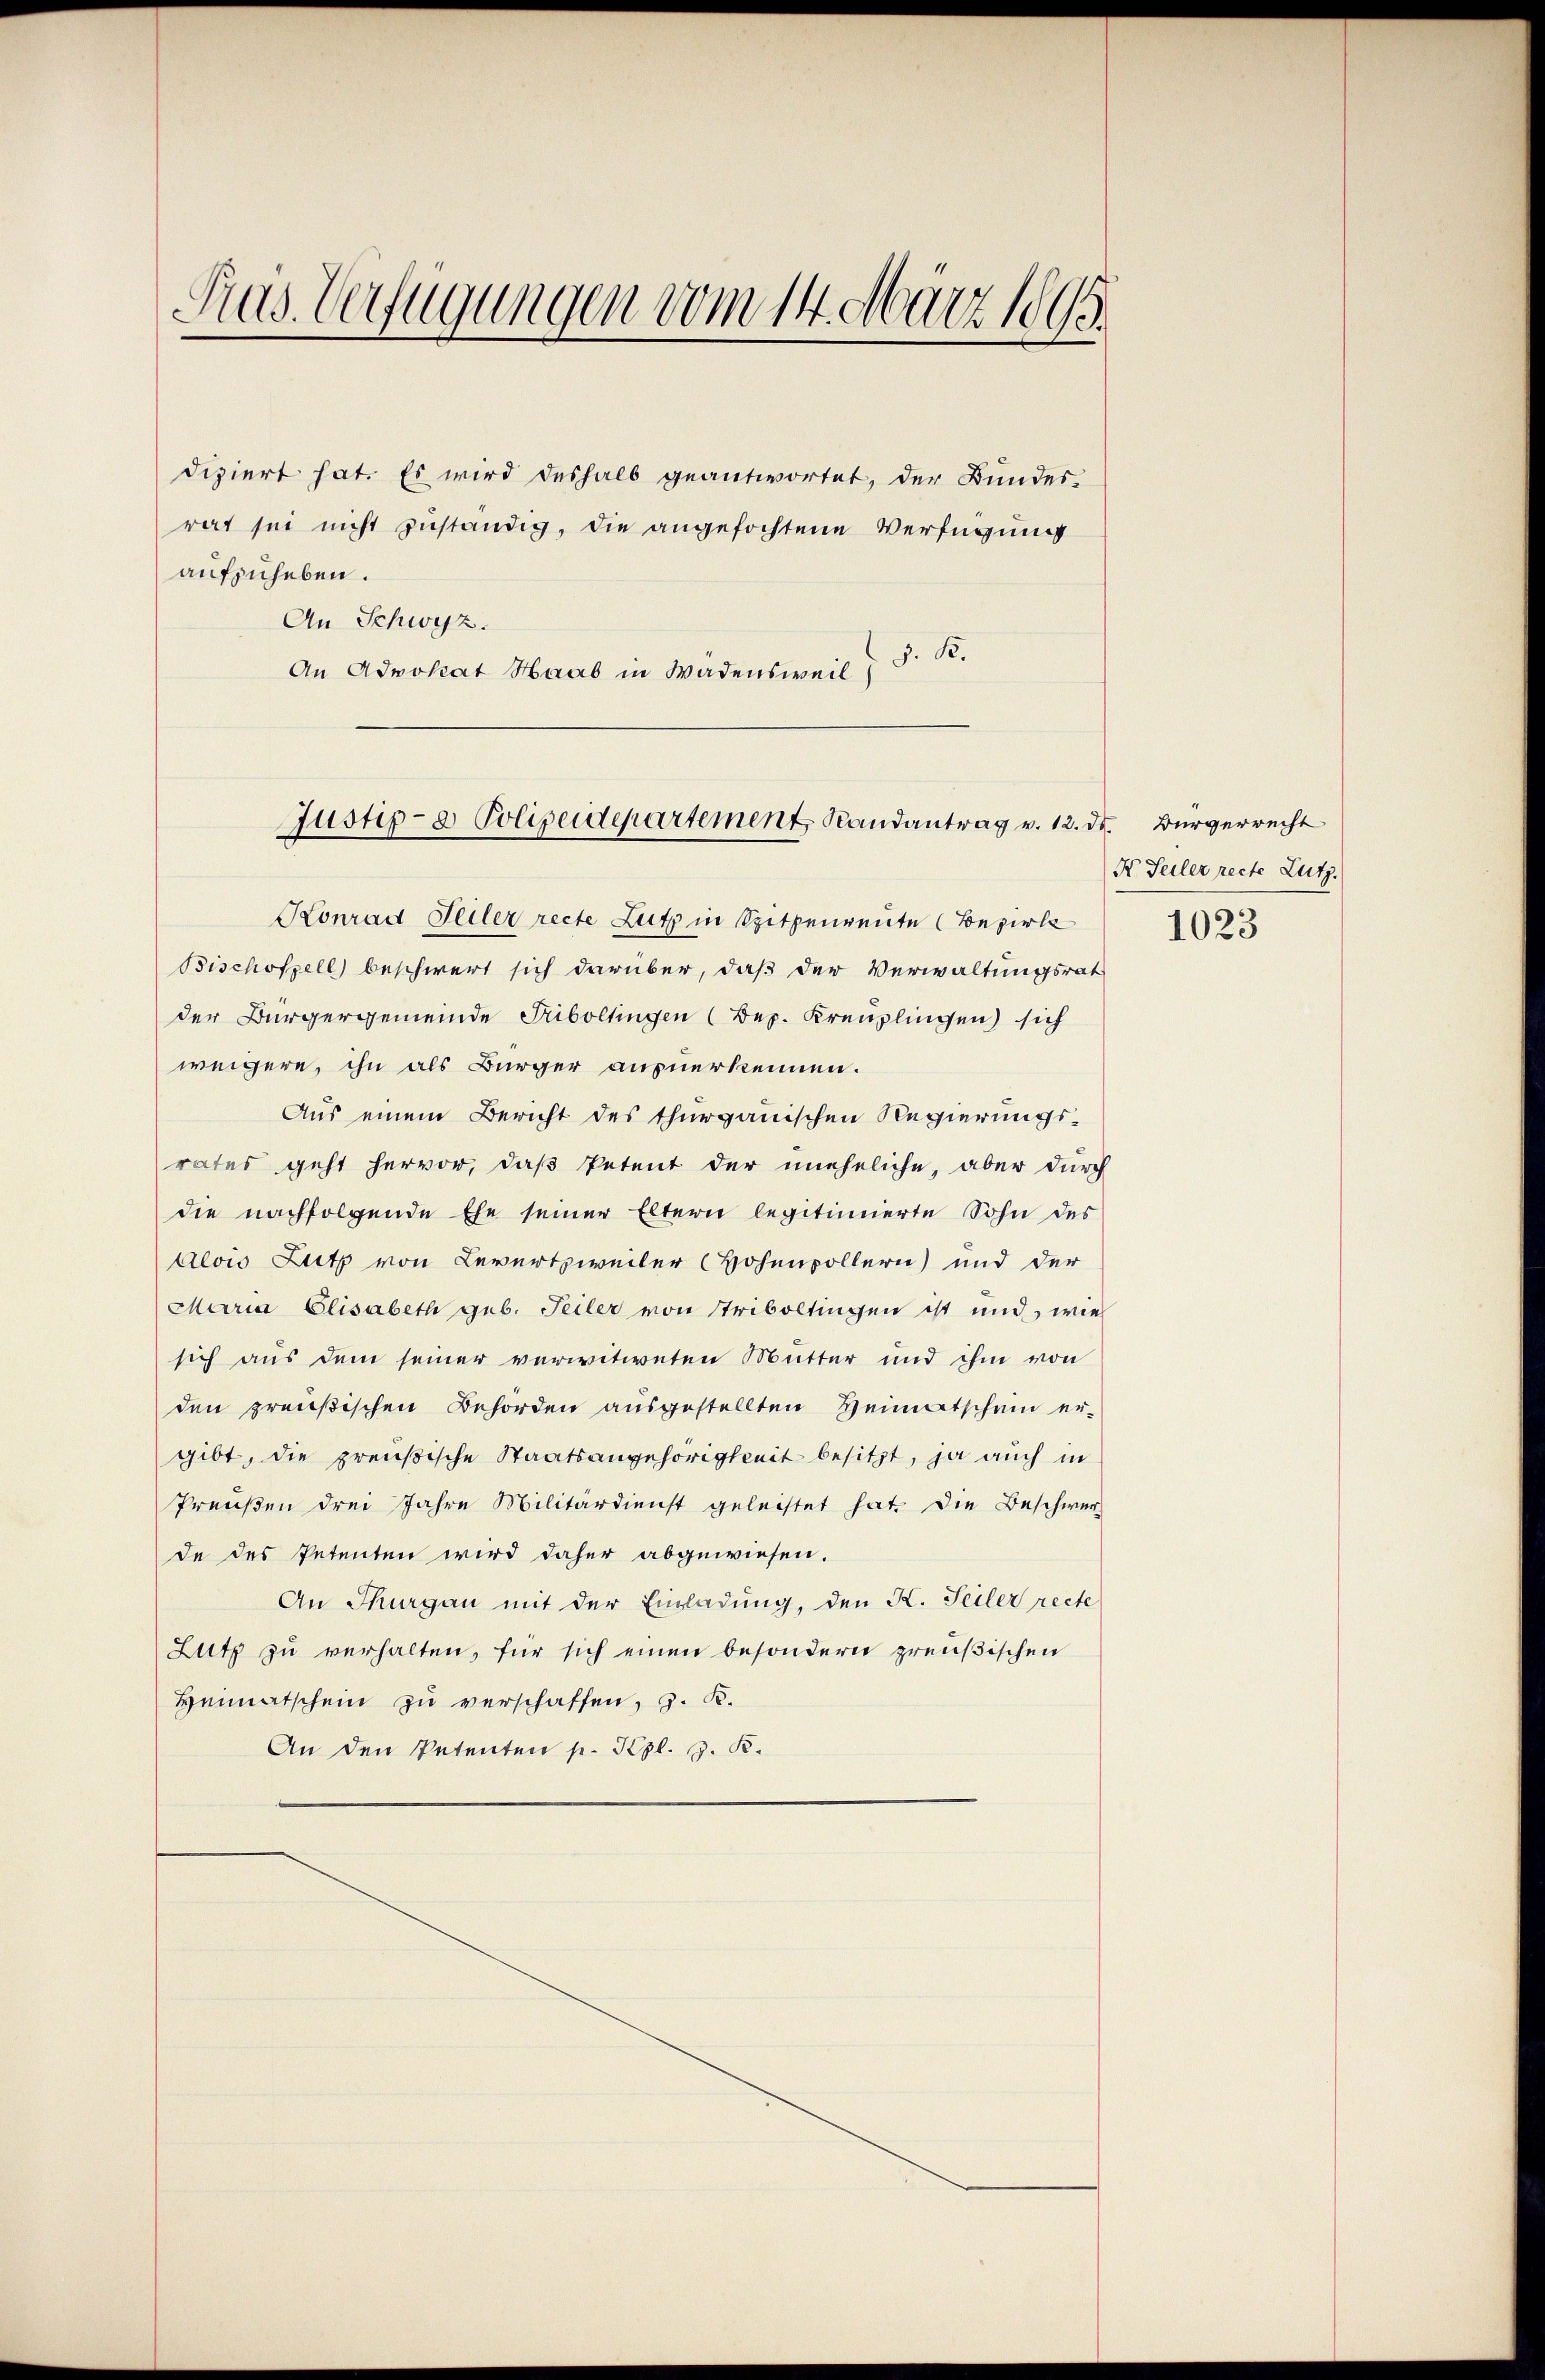
Rus. Verfügungen vom 14. März 1895.

diziert hat. Es wird deshalb geantwortet, der Bundes-
rat sei nicht zuständig, die angefochtene Verfügung
aufzuheben.
An Schwyz.
An Advokat Haab in Wädensweil d. K.

Justiz- & Polizeidepartement Randantrag v. 12. ds. Bürgerrecht

Konrad Teiler recte Lutz in Spitzenreute (Bezirk
Bischofzell beschwert sich darüber, daß der Verwaltungsrat
der Bürgergemeinde Triboltingen (Bez. Kreuzlingen) sich
weigere, ihn als Bürger ausnerkennen.
Aus einem Bericht des thurgauischen Regierungsrates geht hervor, daß Petent der uneheliche, aber durch
die nachfolgende Ehe seiner Eltern legitimierte Sohn des
Alois Lutz von Bewertzweiter (Hohenpöllern) und der
Maria Elisabeth geb. Teiler von Triboltingen ist und, wie
sich aus dem seiner verwitweten Mutter und ihm von
den preußischen Behörden ausgestellten Heimatschein er-
gibt, die preußische Staatsangehörigkeit besitzt, ja auch in
Preŭβen drei Jahre Militärdienst geleistet hat. Die Beschwer
de des Petenten wird daher abgewiesen.
An Thurgau mit der Einladung, den K. Teiler recte
Lutz zu verhalten, für sich einen besondern preußischen
Heimatschein zu verschaffen, z. B.
An den Petenten p. Kgl. J. K.

X. Teiler recte Zutz.

1023